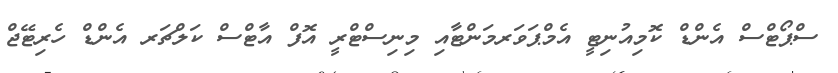
ސްޕޯޓްސް އެންޑް ކޮމިއުނިޓީ އެމްޕަވަރމަންޓާއި މިނިސްޓްރީ އޮފް އާޓްސް ކަލްޗަރ އެންޑް ހެރިޓޭޖް